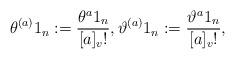
LaTeX: \begin{align*}\theta^{(a)}1_n:= \frac{\theta^a 1_n}{[a]_v!}, \vartheta^{(a)}1_n:= \frac{\vartheta^a1_n}{[a]_v!},\end{align*}